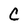
Character: C